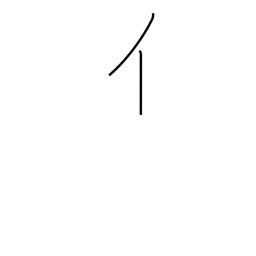
Meaning: radical number 9